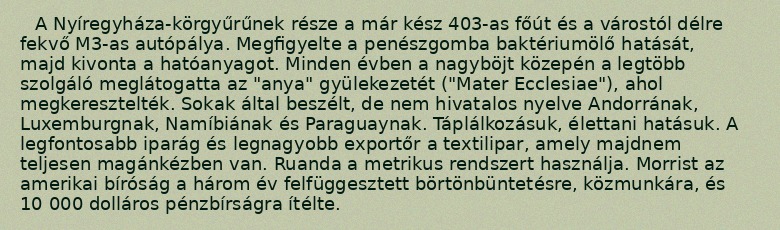
A Nyíregyháza-körgyűrűnek része a már kész 403-as főút és a várostól délre fekvő M3-as autópálya. Megfigyelte a penészgomba baktériumölő hatását, majd kivonta a hatóanyagot. Minden évben a nagyböjt közepén a legtöbb szolgáló meglátogatta az "anya" gyülekezetét ("Mater Ecclesiae"), ahol megkeresztelték. Sokak által beszélt, de nem hivatalos nyelve Andorrának, Luxemburgnak, Namíbiának és Paraguaynak. Táplálkozásuk, élettani hatásuk. A legfontosabb iparág és legnagyobb exportőr a textilipar, amely majdnem teljesen magánkézben van. Ruanda a metrikus rendszert használja. Morrist az amerikai bíróság a három év felfüggesztett börtönbüntetésre, közmunkára, és 10 000 dolláros pénzbírságra ítélte.